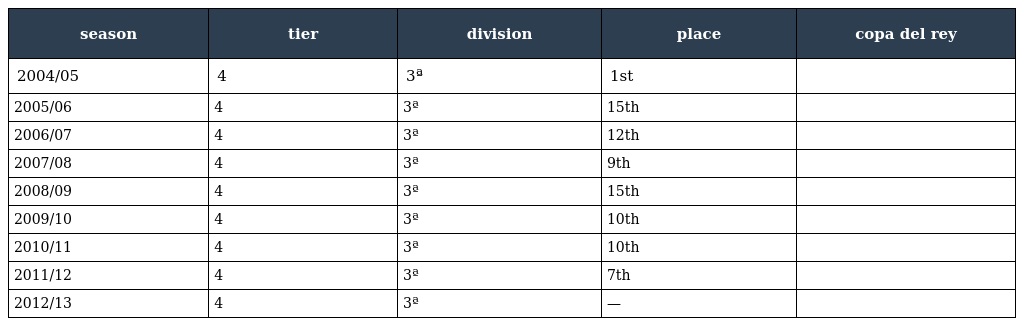
| season | tier | division | place | copa del rey |
 | --- | --- | --- | --- | --- |
 | 2004/05 | 4 | 3ª | 1st |  |
 | 2005/06 | 4 | 3ª | 15th |  |
 | 2006/07 | 4 | 3ª | 12th |  |
 | 2007/08 | 4 | 3ª | 9th |  |
 | 2008/09 | 4 | 3ª | 15th |  |
 | 2009/10 | 4 | 3ª | 10th |  |
 | 2010/11 | 4 | 3ª | 10th |  |
 | 2011/12 | 4 | 3ª | 7th |  |
 | 2012/13 | 4 | 3ª | — |  |